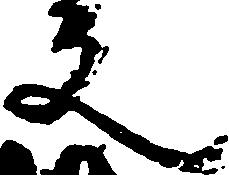
文